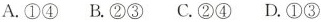
A.10 B.20 C.20 D.10